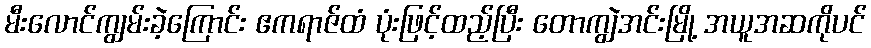
မီးလောင်ကျွမ်းခဲ့ကြောင်း ဧကရာဇ်ထံ ပုံးဖြင့်ထည့်ပြီး တောကျွဲအင်းမြို့ အယူအဆကိုပင်